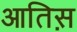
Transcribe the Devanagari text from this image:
आतिस़